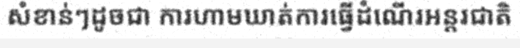
សំខាន់ៗដូចជា ការហាមឃាត់ការធ្វើដំណើរអន្តរជាតិ